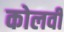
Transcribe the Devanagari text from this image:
कोलवी